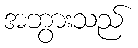
အဘွားသည်